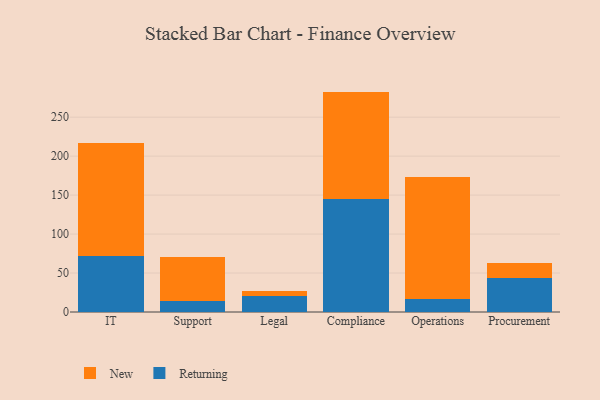
{"axis": {"x": "Department", "y": "Customer Acquisition Cost (USD)"}, "legend": ["New", "Returning"], "data": [{"x": "IT", "y": 72.4, "type": "Returning"}, {"x": "IT", "y": 144.4, "type": "New"}, {"x": "Support", "y": 14.5, "type": "Returning"}, {"x": "Support", "y": 55.8, "type": "New"}, {"x": "Legal", "y": 19.9, "type": "Returning"}, {"x": "Legal", "y": 6.5, "type": "New"}, {"x": "Compliance", "y": 145.3, "type": "Returning"}, {"x": "Compliance", "y": 137.5, "type": "New"}, {"x": "Operations", "y": 16.4, "type": "Returning"}, {"x": "Operations", "y": 157.1, "type": "New"}, {"x": "Procurement", "y": 44.0, "type": "Returning"}, {"x": "Procurement", "y": 19.0, "type": "New"}]}